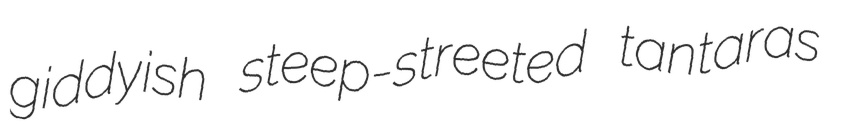
giddyish steep-streeted tantaras